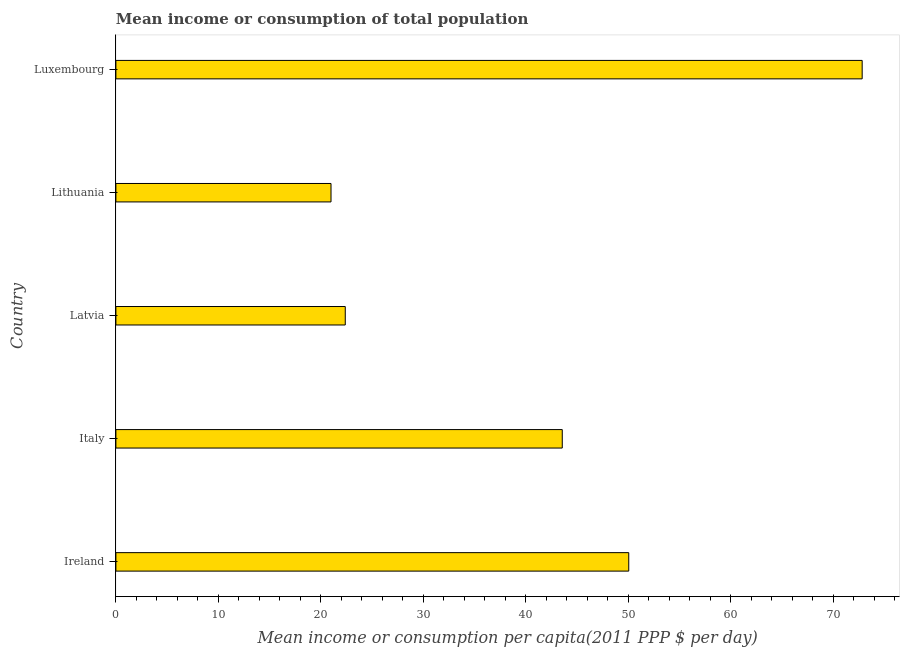
| Country | Total population |
 | --- | --- |
 | Ireland | 50 |
 | Italy | 43.5 |
 | Latvia | 22.4 |
 | Lithuania | 21 |
 | Luxembourg | 72.8 |